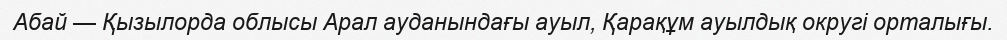
Абай — Қызылорда облысы Арал ауданындағы ауыл, Қарақұм ауылдық округі орталығы.